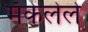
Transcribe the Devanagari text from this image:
मॅकेलेले